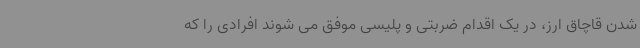
شدن قاچاق ارز، در یک اقدام ضربتی و پلیسی موفق می شوند افرادی را که